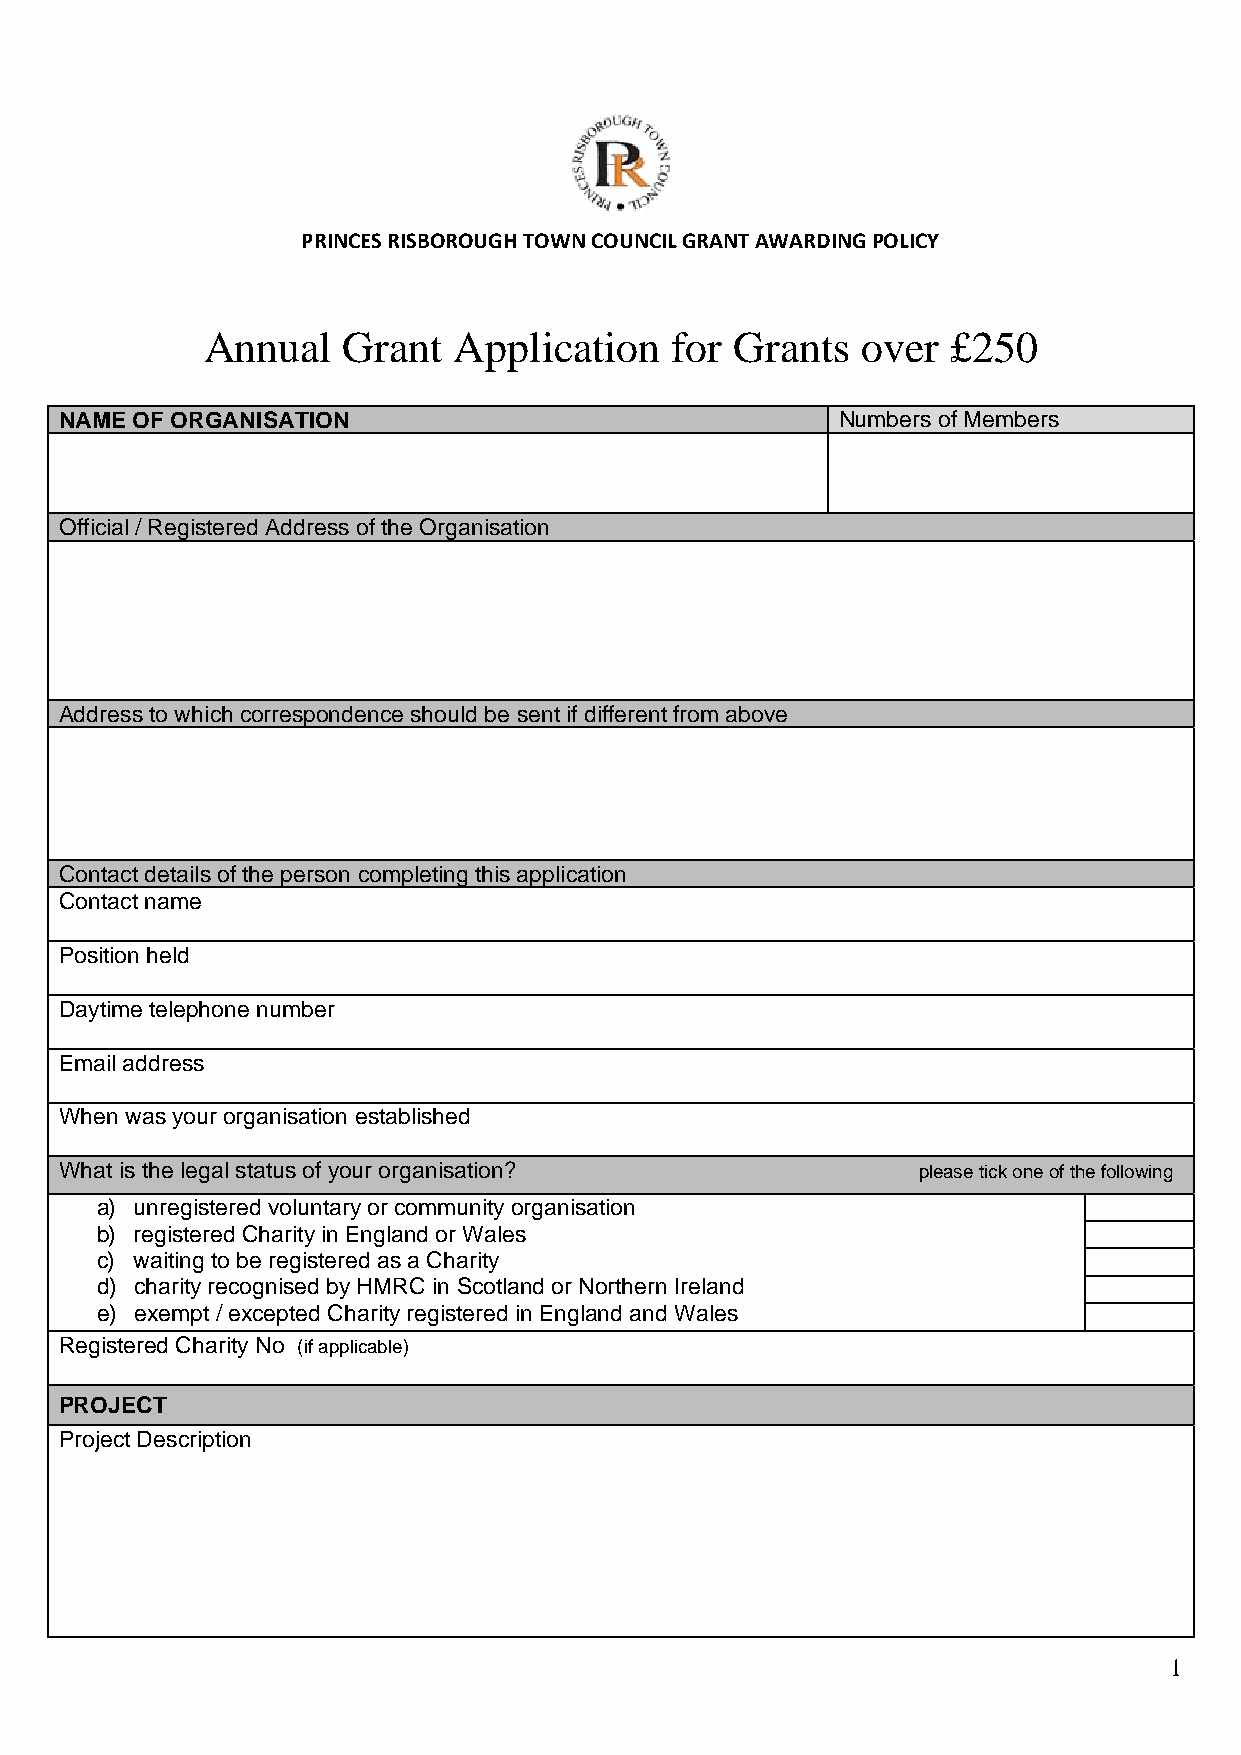
PRINCES RISBOROUGH TOWN COUNCIL GRANT AWARDING POLICY
 Annual    Grant  Application   for  Grants  over  £250
 NAME OF ORGANISATION                               Numbers of Members
 Official / Registered Address of the Organisation
 Address to which correspondence should be sent if different from above
 Contact details of the person completing this application
 Contact name
 Position held
 Daytime telephone number
 Email address
 When was your organisation established
 What is the legal status of your organisation?           please tick one of the following
 a) unregistered voluntary or community organisation
 b) registered Charity in England or Wales
 c) waiting to be registered as a Charity
 d) charity recognised by HMRC in Scotland or Northern Ireland
 e) exempt / excepted Charity registered in England and Wales
 Registered Charity No (if applicable)
 PROJECT
 Project Description
 1